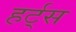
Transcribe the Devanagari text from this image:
हर्ट्‌स